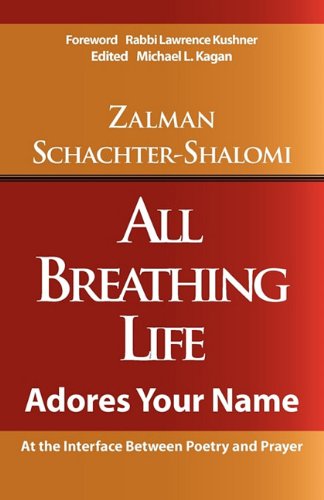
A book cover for All Breathing Life; Zalman Schachter-Shalomi; Religion & Spirituality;